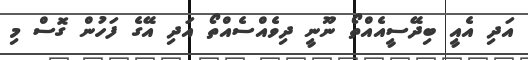
އަދި އެއީ ބިދޭސީއެއްތޯ ނޫނީ ދިވެއްސެއްތޯ އަދި އޭގެ ފަހުން ގޮސް މި